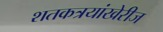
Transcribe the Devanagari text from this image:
शतकत्रयांखेरीज